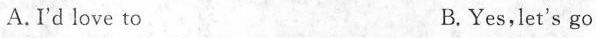
A. I'd love to B.Yes,let's go